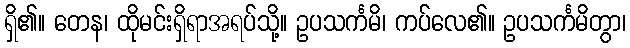
ရှိ၏။ တေန၊ ထိုမင်းရှိရာအရပ်သို့။ ဥပသင်္ကမိ၊ ကပ်လေ၏။ ဥပသင်္ကမိတွာ၊